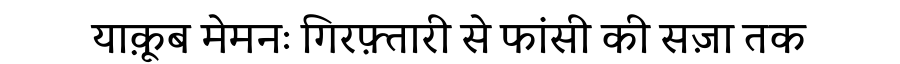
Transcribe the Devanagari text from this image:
याक़ूब मेमनः गिरफ़्तारी से फांसी की सज़ा तक